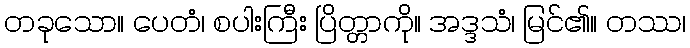
တခုသော။ ပေတံ၊ စပါးကြီး ပြိတ္တာကို။ အဒ္ဒသံ၊ မြင်၏။ တဿ၊